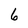
Character: 6